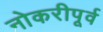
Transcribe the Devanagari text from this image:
नोकरीपूर्व